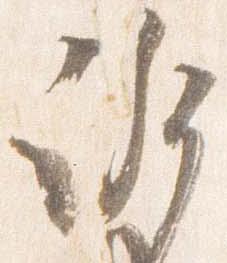
訴